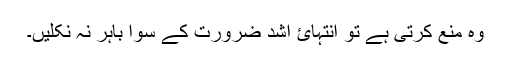
وہ منع کرتی ہے تو انتہائ اشد ضرورت کے سوا باہر نہ نکلیں۔